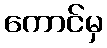
ကောင်မှ